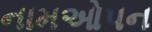
નામઓપન